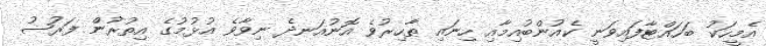
އެމީހަކު ބަހައްޓާފައިވަނީ ކެއުންބުއިމާއި ހިނައި ޠާހިރުވެ އޮނުއަނދެ ނިވާވެ އުޅުމުގެ އިތުރުން ފަރުޟު